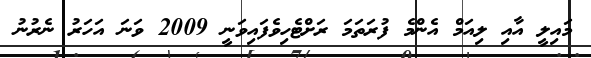
މައިލީ އާއި ލިއަމް އެންމެ ފުރަތަމަ ރަށްޓެހިވެފައިވަނީ 2009 ވަނަ އަހަރު ނެރުނު